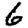
Digit: 6